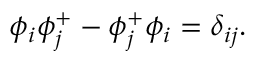
\phi _ { i } \phi _ { j } ^ { + } - \phi _ { j } ^ { + } \phi _ { i } = \delta _ { i j } .